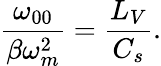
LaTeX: \frac{\omega_{00}}{\beta\omega_{m}^{2}}=\frac{L_{V}}{C_{s}}.